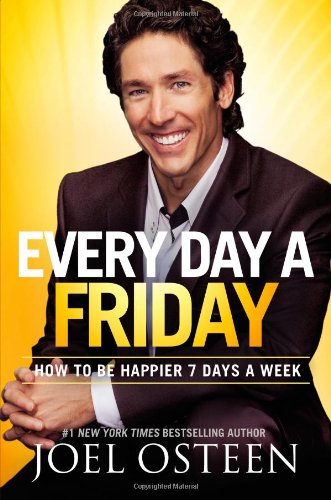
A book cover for Every Day a Friday: How to Be Happier 7 Days a Week; Joel Osteen; Cookbooks, Food & Wine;